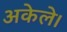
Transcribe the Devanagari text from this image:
अकेले।